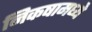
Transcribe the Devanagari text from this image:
निकषामध्ये